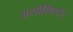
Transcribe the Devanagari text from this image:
असोशिएटेड